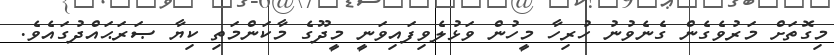
މިގޮތަށް މަރުވެގެން ގެނެވުނު ހުރިހާ މީހުން ވަޅުލެވިފައިވަނީ މީދޫގެ މާކަންމަތި ކިޔާ ޞަރަޙައްދުގައެވެ.